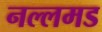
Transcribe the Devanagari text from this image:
नल्लमड